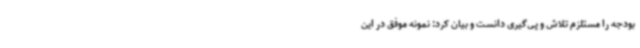
بودجه را مستلزم تلاش و پی‌گیری دانست و بیان کرد: نمونه موفق در این